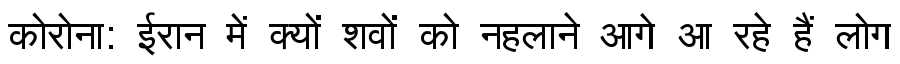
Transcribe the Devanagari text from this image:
कोरोना: ईरान में क्यों शवों को नहलाने आगे आ रहे हैं लोग